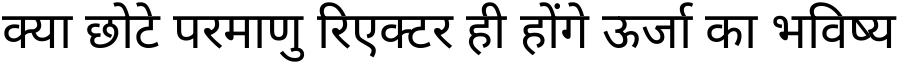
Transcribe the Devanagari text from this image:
क्या छोटे परमाणु रिएक्टर ही होंगे ऊर्जा का भविष्य